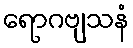
ရောဂဗျသနံ